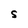
Character: S